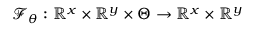
\mathcal { F } _ { \theta } : \mathbb { R } ^ { x } \times \mathbb { R } ^ { y } \times \Theta \rightarrow \mathbb { R } ^ { x } \times \mathbb { R } ^ { y }